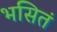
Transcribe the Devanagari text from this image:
भसितं